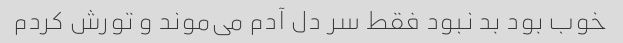
خوب بود بد نبود فقط سر دل آدم می‌موند و تورش کردم